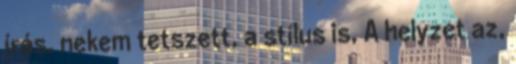
írás. nekem tetszett, a stílus is, A helyzet az,